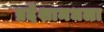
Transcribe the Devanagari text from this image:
प्रदेशामधला